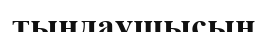
тыңдаушысын